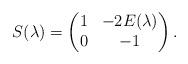
LaTeX: \begin{align*}S(\lambda)=\begin{pmatrix}1 & -2E(\lambda) \\ 0 & -1\end{pmatrix}.\end{align*}